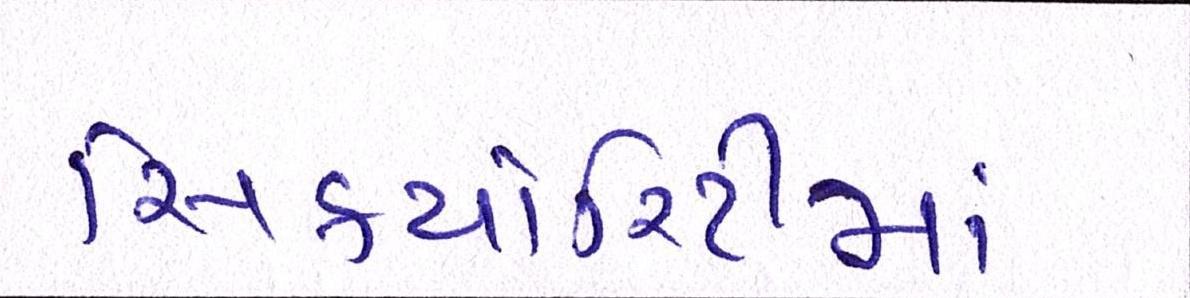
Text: સિક્યોરિટીમાં